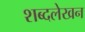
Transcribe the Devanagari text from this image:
शब्दलेखन